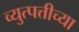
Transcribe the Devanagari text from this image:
व्युत्पत्तीच्या